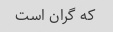
که گران است